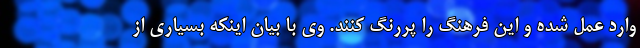
وارد عمل شده و این فرهنگ را پررنگ کنند. وی با بیان اینکه بسیاری از